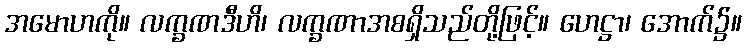
အမောဟကို။ လက္ခဏဒီဟိ၊ လက္ခဏာအစရှိသည်တို့ဖြင့်။ ဟေဋ္ဌာ၊ အောက်၌။